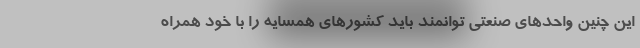
این چنین واحدهای صنعتی توانمند باید کشورهای همسایه را با خود همراه